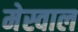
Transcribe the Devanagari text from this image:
मेस्वाल